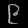
Digit: ၉